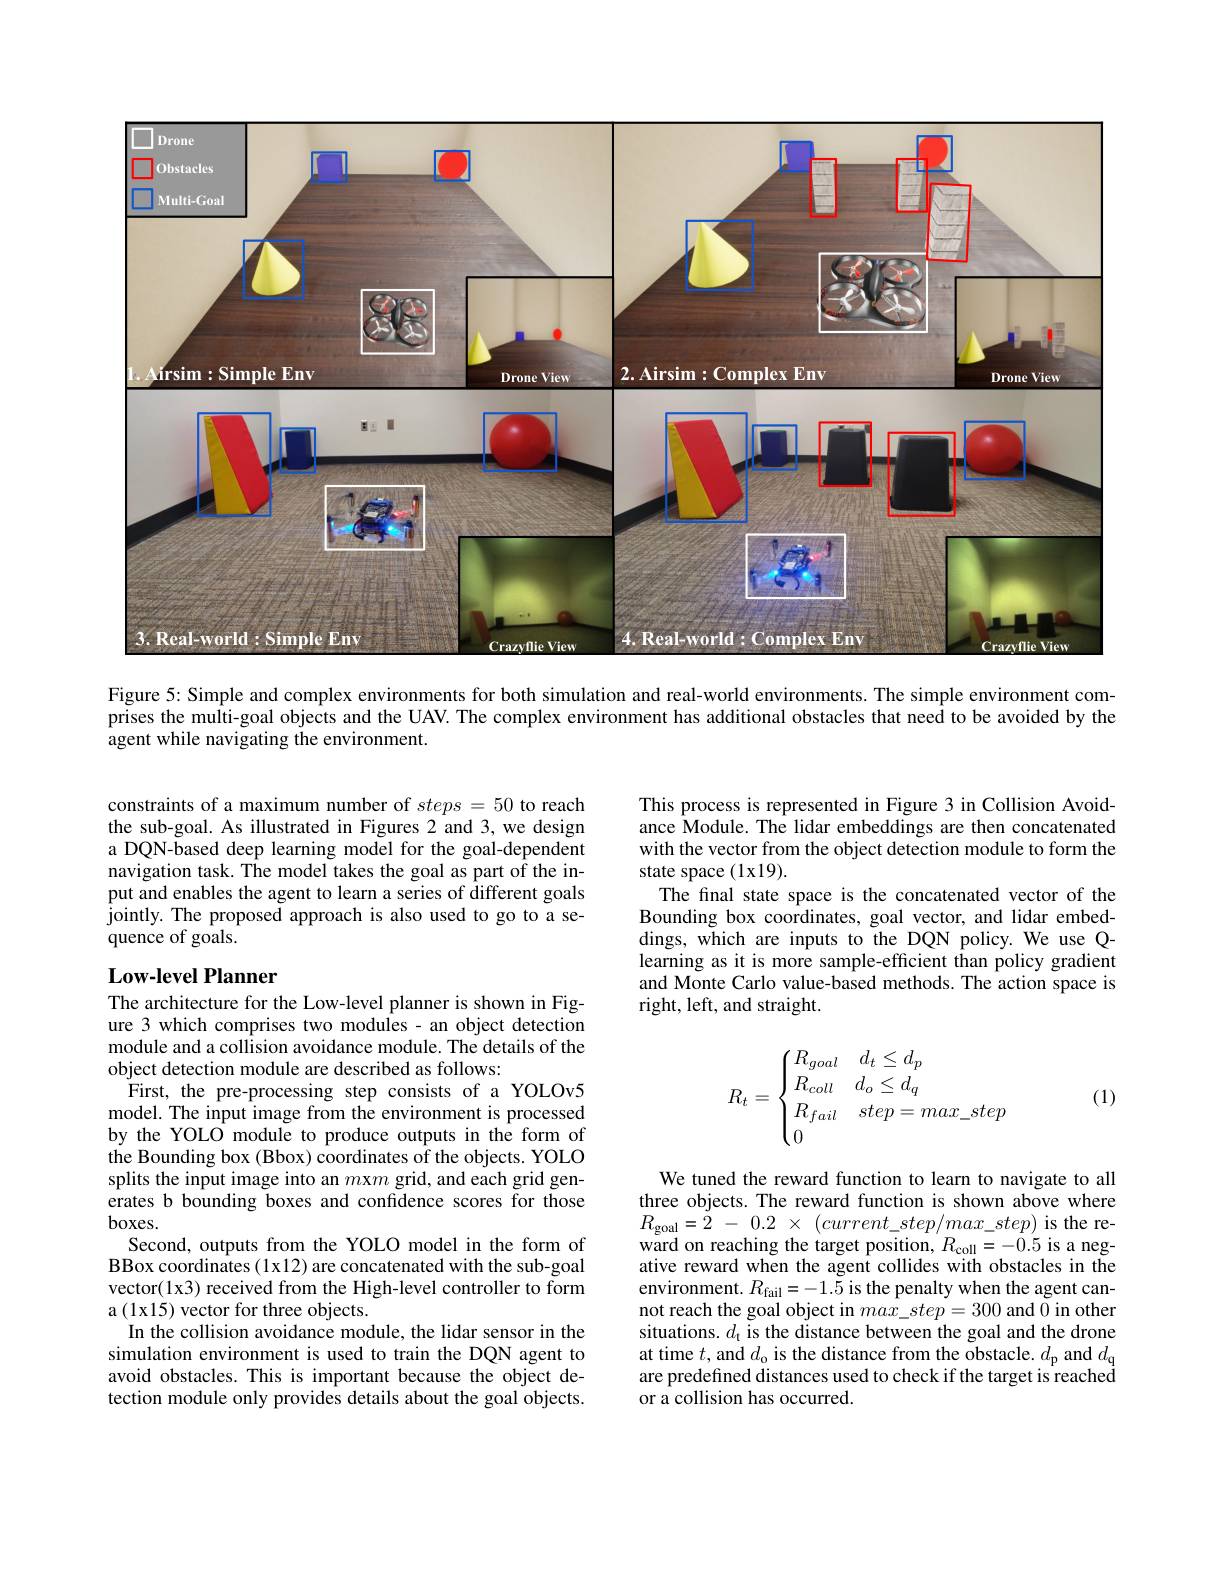
<FigureHere>

Figure 5: Simple and complex environments for both simulation and real-world environments. The simple environment comprises the multi-goal objects and the UAV. The complex environment has additional obstacles that need to be avoided by the agent while navigating the environment.

constraints of a maximum number of $steps=50$ to reach the sub-goal. As illustrated in Figures 2 and 3, we design a DQN-based deep learning model for the goal-dependent navigation task. The model takes the goal as part of the input and enables the agent to learn a series of different goals jointly. The proposed approach is also used to go to a sequence of goals.

This process is represented in Figure 3 in Collision Avoidance Module. The lidar embeddings are then concatenated with the vector from the object detection module to form the state space (1x19).
The final state space is the concatenated vector of the Bounding box coordinates, goal vector, and lidar embeddings, which are inputs to the DQN policy. We use Qlearning as it is more sample-efficient than policy gradient and Monte Carlo value-based methods. The action space is right, left, and straight.

## $\mathbf{Low-level~Planner}$
$$R_t=\begin{cases}R_{goal}&d_t\leq d_p\\R_{coll}&d_o\leq d_q\\R_{fail}&step=max_step\\0\end{cases}$$
(1)

The architecture for the Low-level planner is shown in Figure 3 which comprises two modules- an object detection module and a collision avoidance module. The details of the object detection module are described as follows:
First, the pre-processing step consists of a YOLOv5 model. The input image from the environment is processed by the YOLO module to produce outputs in the form of $\dot{\text{the Bounding box (Bbox) coordinates of the objects. YOLO}}$ splits the input image into an $m$x$m$ grid, and each grid generates b bounding boxes and confidence scores for those boxes.
Second, outputs from the YOLO model in the form of BBox coordinates (1x12) are concatenated with the sub-goal vector(1x3) received from the High-level controller to form a (1x15) vector for three objects.
In the collision avoidance module, the lidar sensor in the simulation environment is used to train the DQN agent to avoid obstacles. This is important because the object detection module only provides details about the goal objects.

We tuned the reward function to learn to navigate to all three objects. The reward function is shown above where $R_{\mathrm{goal}}= 2$ - 0.2 $\times$ $( current\_ step/ max\_ step)$ is the reward on reaching the target position, $R_{\mathrm{coll}}=-0.5$ is a negative reward when the agent collides with obstacles in the environment. $R_{\mathrm{fail}}=-1.5$ is the penalty when the agent cannot reach the goal object in $max\_step=300$ and 0 in other situations. $d_\mathrm{t}$ is the distance between the goal and the drone at time $t$,and $d_\mathrm{o}$ is the distance from the obstacle. $d_\mathrm{p}$ and $d_\mathrm{q}$ are predefined distances used to check if the target is reached or a collision has occurred.